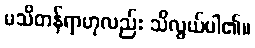
မသိတန်ရာဟုလည်း သိလွယ်ပါ၏။